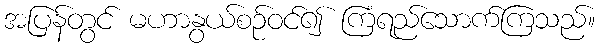
အပြန်တွင် မဟာနွယ်စဉ်ဝင်၍ ကြံရည်သောက်ကြသည်။